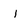
Character: i